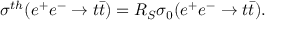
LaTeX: \sigma ^ { t h } ( e ^ { + } e ^ { - } \rightarrow t \bar { t } ) = R _ { S } \sigma _ { 0 } ( e ^ { + } e ^ { - } \rightarrow t \bar { t } ) .